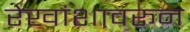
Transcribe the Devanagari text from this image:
रेखांशावरून